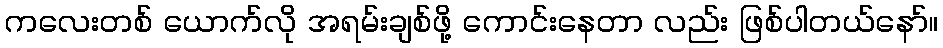
ကလေးတစ် ယောက်လို အရမ်းချစ်ဖို့ ကောင်းနေတာ လည်း ဖြစ်ပါတယ်နော်။